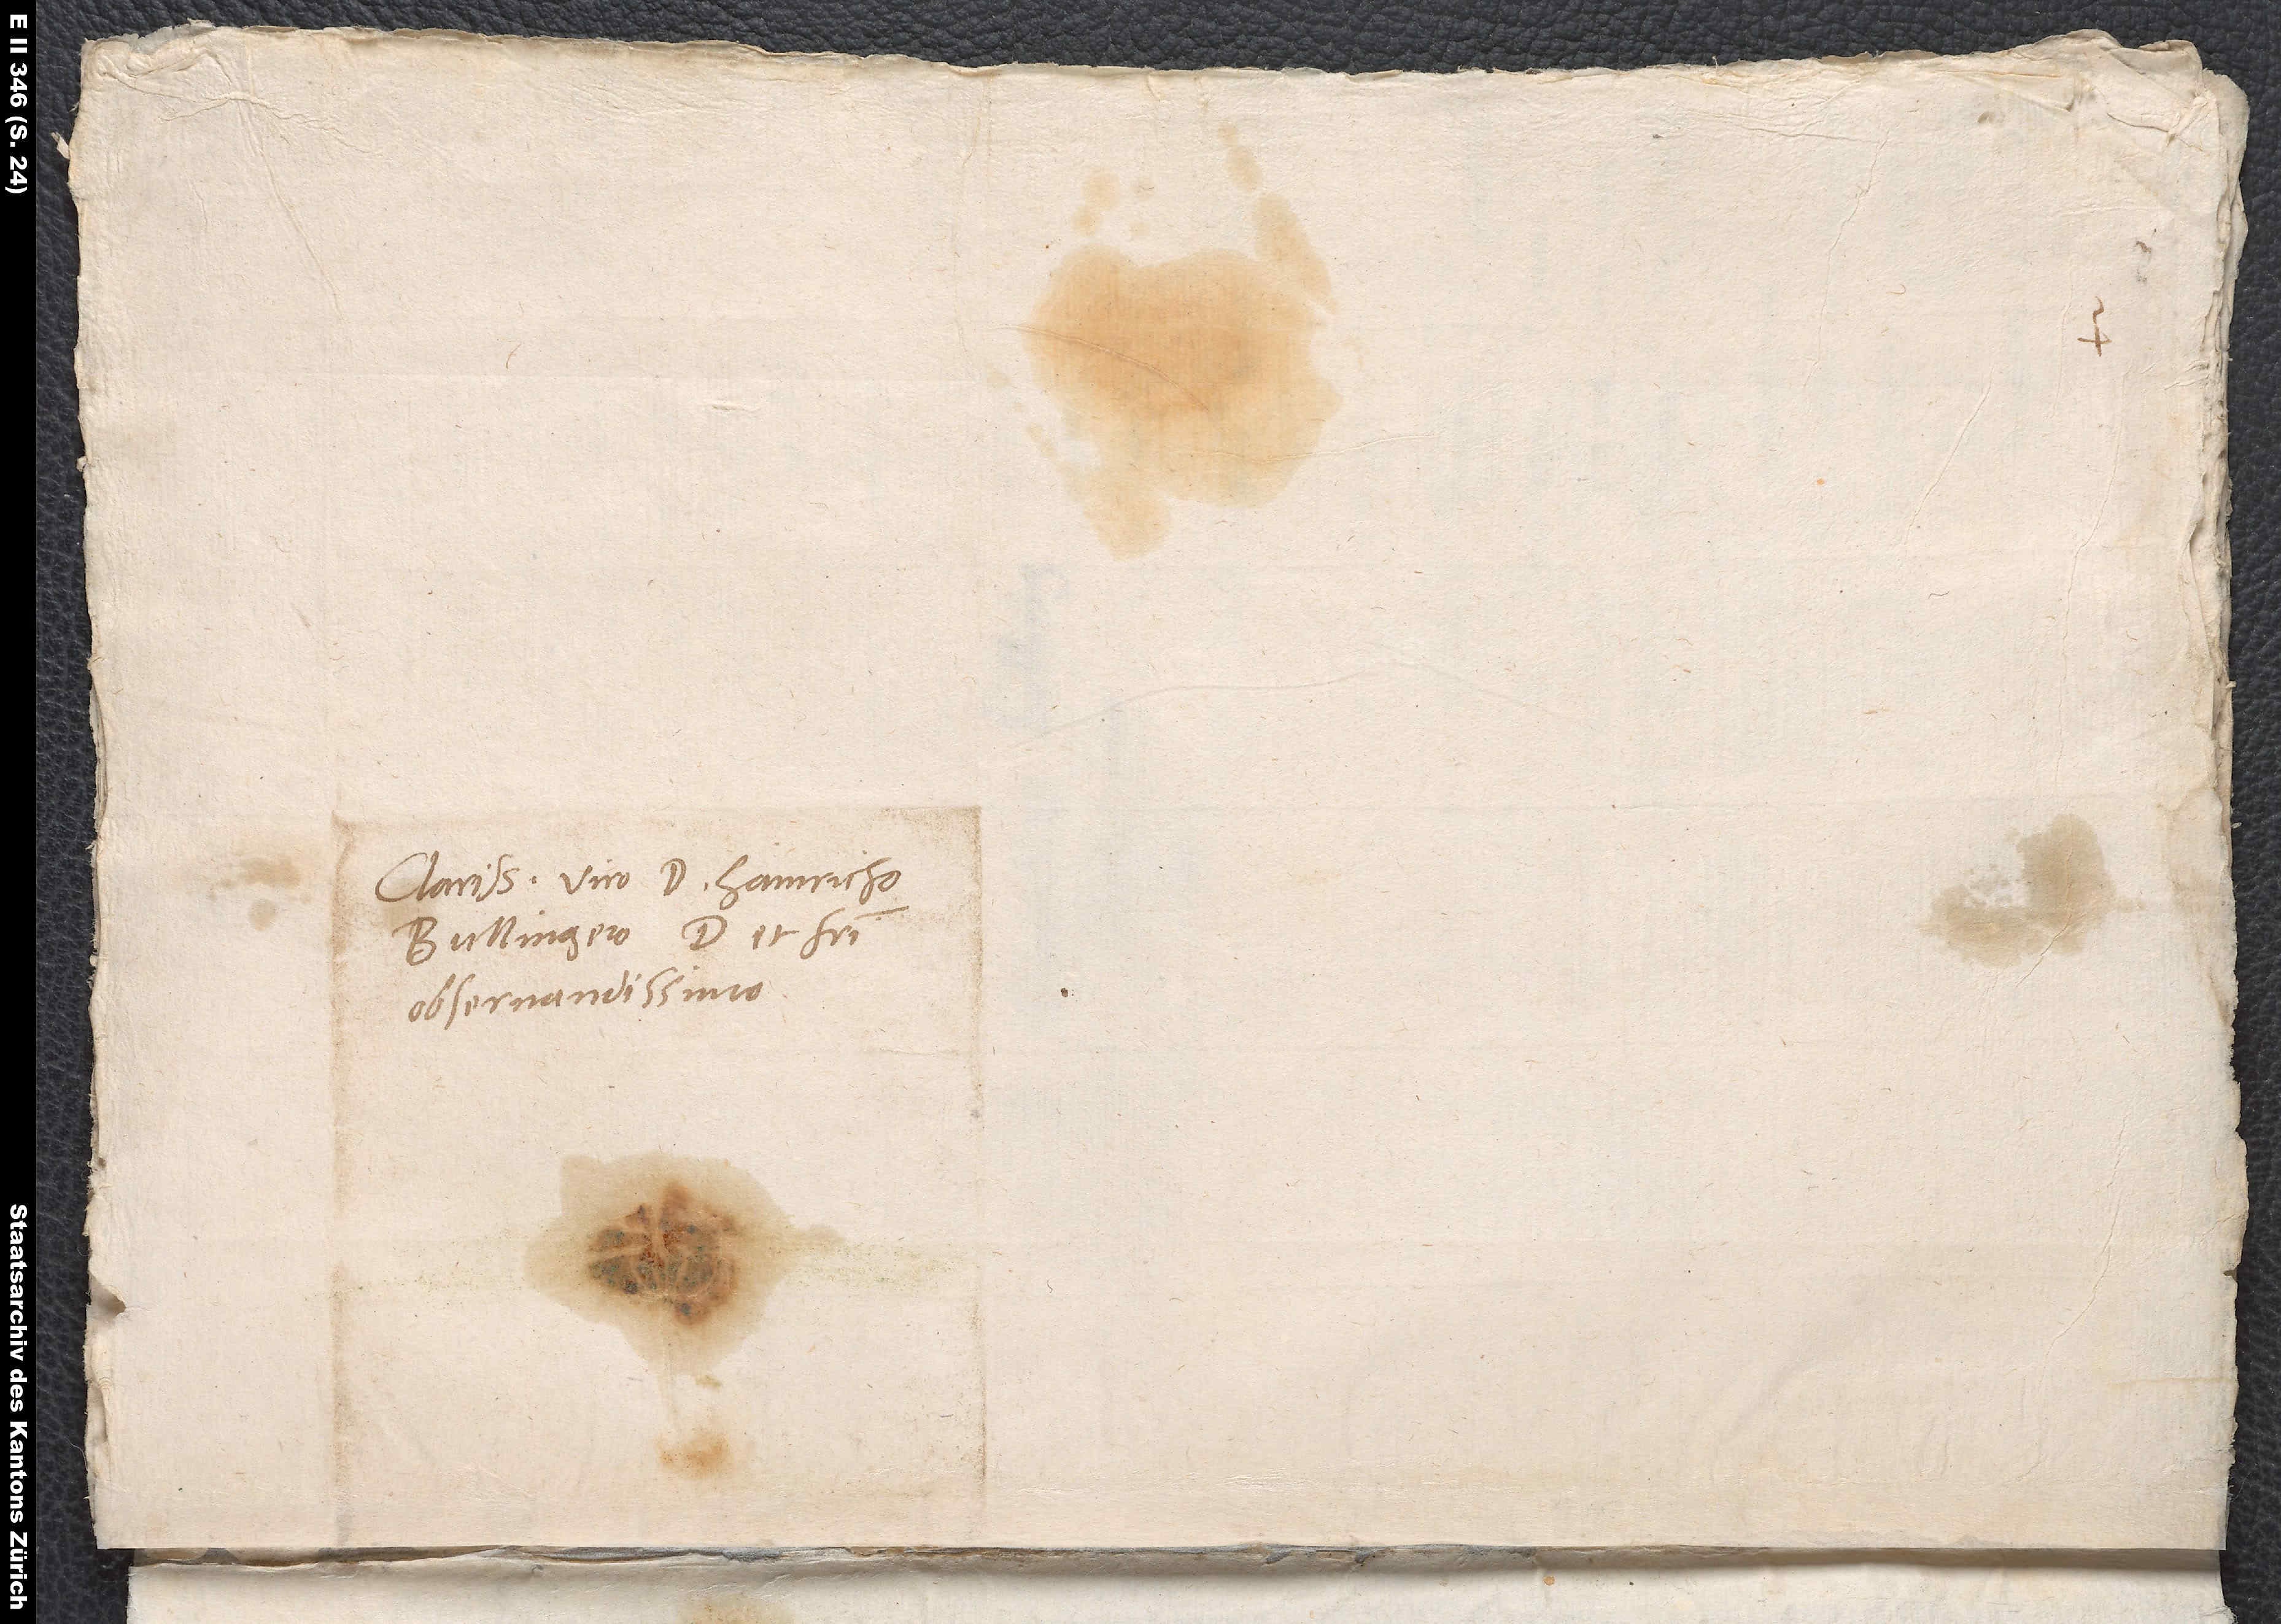
Clarissimo viro d. Hainricho
Bullingero, domino et fratri
observandissimo.